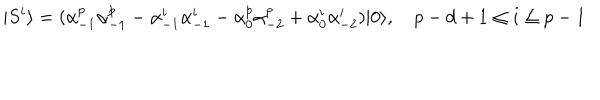
| S ^ { i } \rangle = ( \alpha _ { - 1 } ^ { p } \alpha _ { - 1 } ^ { p } - \alpha _ { - 1 } ^ { i } \alpha _ { - 1 } ^ { i } - \alpha _ { 0 } ^ { p } \alpha _ { - 2 } ^ { p } + \alpha _ { 0 } ^ { i } \alpha _ { - 2 } ^ { i } ) | 0 \rangle , \quad p - d + 1 \le i \le p - 1